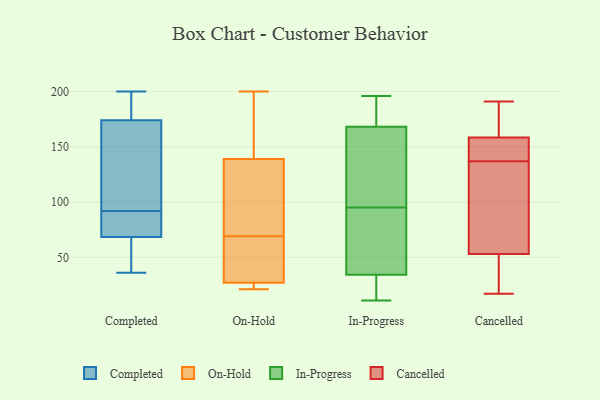
{"axis": {"x": "Bounce Rate (%)", "y": "Value"}, "legend": ["Cancelled", "Completed", "In-Progress", "On-Hold"], "data": [{"x": "", "y": 168, "type": "Completed"}, {"x": "", "y": 200, "type": "Completed"}, {"x": "", "y": 36, "type": "Completed"}, {"x": "", "y": 146, "type": "Completed"}, {"x": "", "y": 51, "type": "Completed"}, {"x": "", "y": 36, "type": "Completed"}, {"x": "", "y": 180, "type": "Completed"}, {"x": "", "y": 91, "type": "Completed"}, {"x": "", "y": 198, "type": "Completed"}, {"x": "", "y": 194, "type": "Completed"}, {"x": "", "y": 37, "type": "Completed"}, {"x": "", "y": 77, "type": "Completed"}, {"x": "", "y": 63, "type": "Completed"}, {"x": "", "y": 78, "type": "Completed"}, {"x": "", "y": 74, "type": "Completed"}, {"x": "", "y": 88, "type": "Completed"}, {"x": "", "y": 93, "type": "Completed"}, {"x": "", "y": 185, "type": "Completed"}, {"x": "", "y": 110, "type": "Completed"}, {"x": "", "y": 117, "type": "Completed"}, {"x": "", "y": 34, "type": "On-Hold"}, {"x": "", "y": 65, "type": "On-Hold"}, {"x": "", "y": 145, "type": "On-Hold"}, {"x": "", "y": 135, "type": "On-Hold"}, {"x": "", "y": 28, "type": "On-Hold"}, {"x": "", "y": 24, "type": "On-Hold"}, {"x": "", "y": 200, "type": "On-Hold"}, {"x": "", "y": 23, "type": "On-Hold"}, {"x": "", "y": 157, "type": "On-Hold"}, {"x": "", "y": 121, "type": "On-Hold"}, {"x": "", "y": 137, "type": "On-Hold"}, {"x": "", "y": 21, "type": "On-Hold"}, {"x": "", "y": 69, "type": "On-Hold"}, {"x": "", "y": 118, "type": "In-Progress"}, {"x": "", "y": 196, "type": "In-Progress"}, {"x": "", "y": 119, "type": "In-Progress"}, {"x": "", "y": 165, "type": "In-Progress"}, {"x": "", "y": 93, "type": "In-Progress"}, {"x": "", "y": 95, "type": "In-Progress"}, {"x": "", "y": 44, "type": "In-Progress"}, {"x": "", "y": 28, "type": "In-Progress"}, {"x": "", "y": 29, "type": "In-Progress"}, {"x": "", "y": 25, "type": "In-Progress"}, {"x": "", "y": 178, "type": "In-Progress"}, {"x": "", "y": 183, "type": "In-Progress"}, {"x": "", "y": 58, "type": "In-Progress"}, {"x": "", "y": 154, "type": "In-Progress"}, {"x": "", "y": 36, "type": "In-Progress"}, {"x": "", "y": 11, "type": "In-Progress"}, {"x": "", "y": 183, "type": "In-Progress"}, {"x": "", "y": 133, "type": "Cancelled"}, {"x": "", "y": 177, "type": "Cancelled"}, {"x": "", "y": 39, "type": "Cancelled"}, {"x": "", "y": 23, "type": "Cancelled"}, {"x": "", "y": 144, "type": "Cancelled"}, {"x": "", "y": 49, "type": "Cancelled"}, {"x": "", "y": 93, "type": "Cancelled"}, {"x": "", "y": 141, "type": "Cancelled"}, {"x": "", "y": 148, "type": "Cancelled"}, {"x": "", "y": 172, "type": "Cancelled"}, {"x": "", "y": 191, "type": "Cancelled"}, {"x": "", "y": 126, "type": "Cancelled"}, {"x": "", "y": 47, "type": "Cancelled"}, {"x": "", "y": 75, "type": "Cancelled"}, {"x": "", "y": 57, "type": "Cancelled"}, {"x": "", "y": 166, "type": "Cancelled"}, {"x": "", "y": 182, "type": "Cancelled"}, {"x": "", "y": 151, "type": "Cancelled"}, {"x": "", "y": 17, "type": "Cancelled"}, {"x": "", "y": 144, "type": "Cancelled"}]}